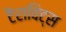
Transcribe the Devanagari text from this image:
टैराविट्स